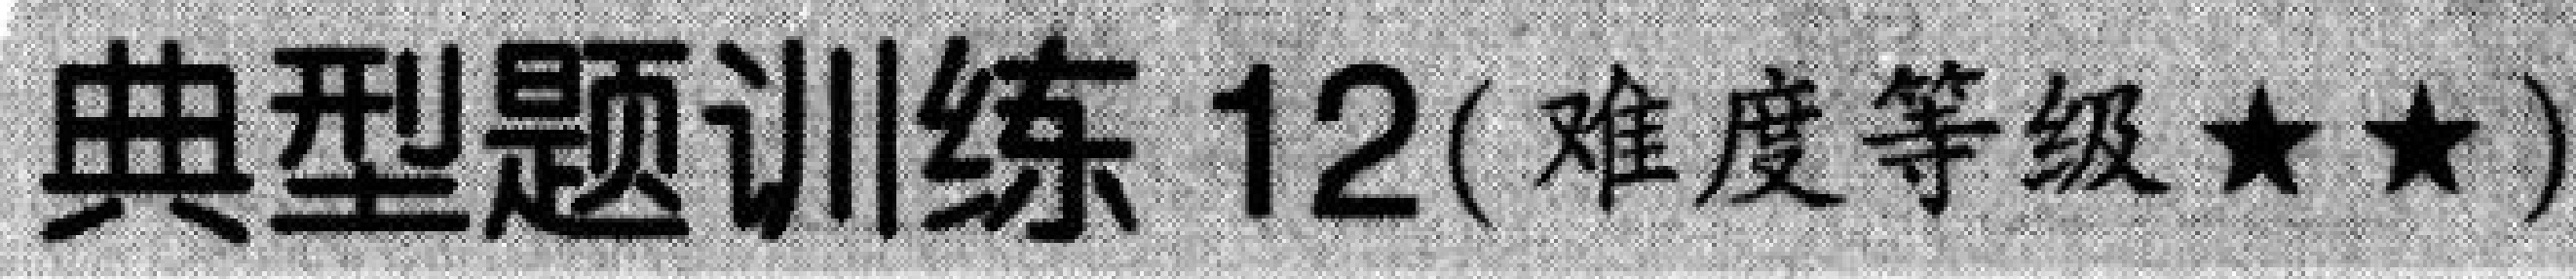
典型题训练 12(难度等级$\star\star$)